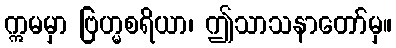
ဣမမှာ ဗြဟ္မစရိယာ၊ ဤသာသနာတော်မှ။